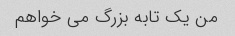
من یک تابه بزرگ می خواهم